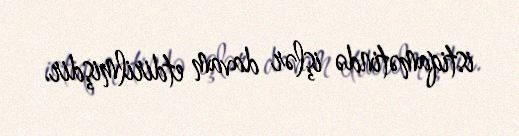
istiqamətində işlər davam etdirilmişdir.